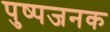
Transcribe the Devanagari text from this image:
पुष्पजनक